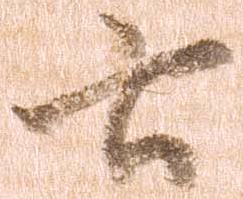
云